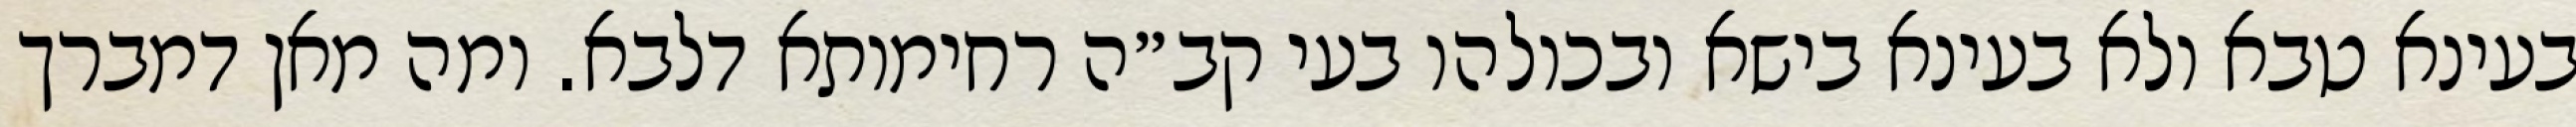
בעינא טבא ולא בעינא בישא ובכולהו בעי קב״ה רחימותא דלבא. ומה מאן דמברך